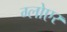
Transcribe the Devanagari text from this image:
ग्लोएर